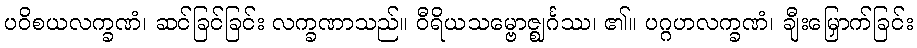
ပဝိစယလက္ခဏံ၊ ဆင်ခြင်ခြင်း လက္ခဏာသည်။ ဝီရိယသမ္ဗောဇ္ဈင်္ဂဿ၊ ၏။ ပဂ္ဂဟလက္ခဏံ၊ ချီးမြှောက်ခြင်း